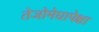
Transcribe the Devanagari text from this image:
तेजोमेघापेक्षा